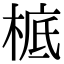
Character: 㭽